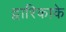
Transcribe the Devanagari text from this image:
द्वारिकाके